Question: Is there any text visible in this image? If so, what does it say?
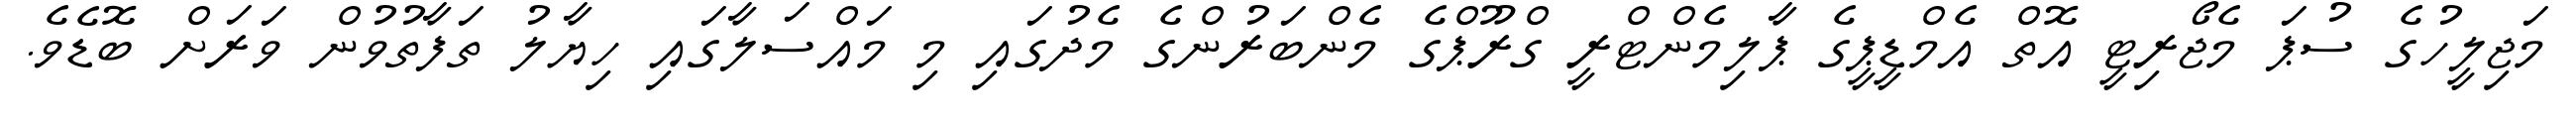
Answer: މަޖިލީހުގެ ސުޕަ މެޖޯރިޓީ އޮތް އެމްޑީޕީގެ ޕާލިމެންޓްރީ ގްރޫޕްގެ މެންބަރުންގެ މެދުގައި މި މައްސަލާގައި ހިޔާލު ތަފާތުވުން ވަރަށް ބޮޑެވެ.